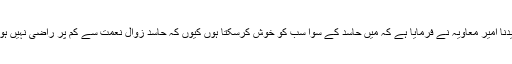
سیّدنا امیر معاویہؓ نے فرمایا ہے کہ میں حاسد کے سوا سب کو خوش کرسکتا ہوں کیوں کہ حاسد زوال نعمت سے کم پر راضی نہیں ہوتا۔